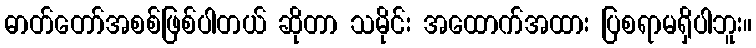
ဓာတ်တော်အစစ်ဖြစ်ပါတယ် ဆိုတာ သမိုင်း အထောက်အထား ပြစရာမရှိပါဘူး။